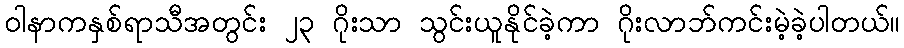
ဝါနာကနှစ်ရာသီအတွင်း ၂၃ ဂိုးသာ သွင်းယူနိုင်ခဲ့ကာ ဂိုးလာဘ်ကင်းမဲ့ခဲ့ပါတယ်။